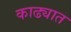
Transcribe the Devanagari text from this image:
काढ्यात